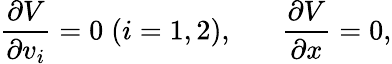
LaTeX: {\frac{\partial V}{\partial v_{i}}}=0\; (i=1,2),\; \; \; \; \; \; {\frac{\partial V}{\partial x}}=0,